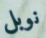
نوبل